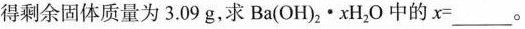
得剩余固体质量为3.09g，求Ba(OH)_{2}·xH_{2}O中的$$x = ___$$。